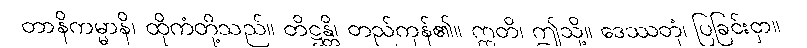
တာနိကမ္မာနိ၊ ထိုကံတို့သည်။ တိဋ္ဌန္တိ၊ တည်ကုန်၏။ ဣတိ၊ ဤသို့။ ဒေဿတုံ၊ ပြခြင်းငှာ။